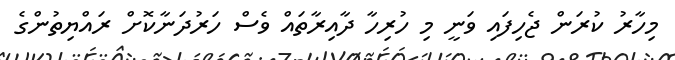
މިހާރު ކުރަން ޖެހިފައި ވަނީ މި ހުރިހާ ދާއިރާތައް ވެސް ހަރުދަނާކޮށް ރައްޔިތުންގެ